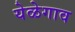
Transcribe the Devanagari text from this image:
येळेगाव